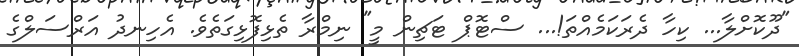
"ދޫކޮށްލާ... ކިހާ ދެރަކަމެއްތަ!... ސްޓޮޕް ޓަޗިން މީ" ނިމްރާ ތެޅިފޮޅިގަތެވެ. އެހިނދު އަރްސަލްގެ